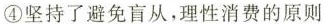
④坚持了避免盲从，理性消费的原则